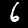
Digit: 6